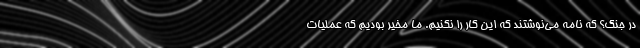
در جنگ؟ که نامه می‌نوشتند که این کار را نکنیم. ما مخیر بودیم که عملیات